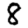
Digit: 8